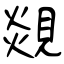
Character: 覢